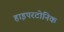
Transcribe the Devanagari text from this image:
हाइपरटोनिक